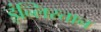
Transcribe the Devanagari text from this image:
इंन्लिस्तान